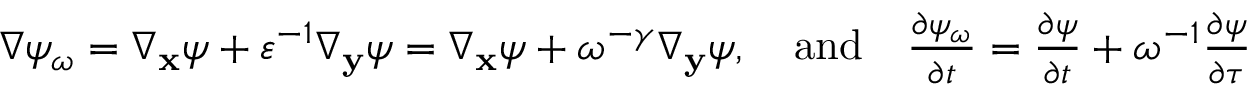
\begin{array} { r } { \nabla \psi _ { \omega } = \nabla _ { \mathbf x } \psi + \varepsilon ^ { - 1 } \nabla _ { \mathbf y } \psi = \nabla _ { \mathbf x } \psi + \omega ^ { - \gamma } \nabla _ { \mathbf y } \psi , \quad \mathrm { a n d } \quad \frac { \partial \psi _ { \omega } } { \partial t } = \frac { \partial \psi } { \partial t } + \omega ^ { - 1 } \frac { \partial \psi } { \partial \tau } } \end{array}